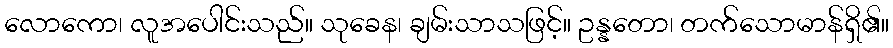
လောကော၊ လူအပေါင်းသည်။ သုခေန၊ ချမ်းသာသဖြင့်။ ဥန္နတော၊ တက်သောမာန်ရှိ၏။